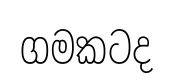
ගමකටද